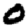
Digit: 0